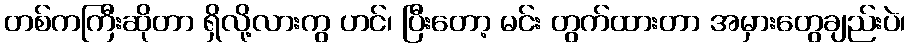
တစ်ကကြီးဆိုတာ ရှိလို့လားကွ ဟင်၊ ပြီးတော့ မင်း တွက်ထားတာ အမှားတွေချည်းပဲ၊